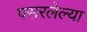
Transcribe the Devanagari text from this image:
पसरलेल्‍या